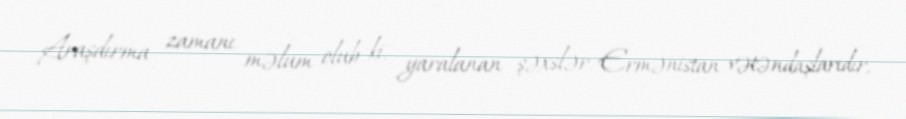
Araşdırma zamanı məlum olub ki, yaralanan şəxslər Ermənistan vətəndaşlarıdır,